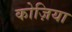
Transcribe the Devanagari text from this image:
कोज़िया